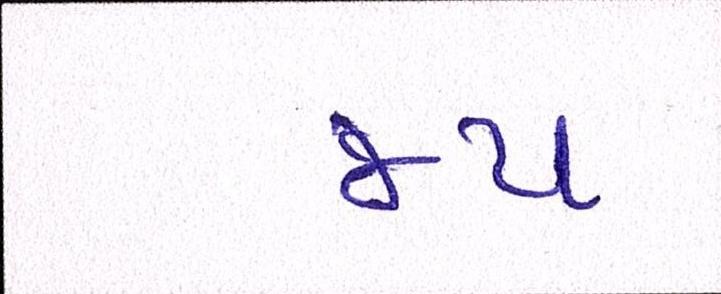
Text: જય